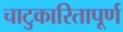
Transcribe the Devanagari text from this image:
चाटुकारितापूर्ण